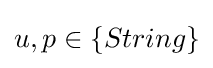
u,p\in \{String\}